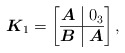
\begin{gather*}\boldsymbol{K}_1=\left[\begin{array}{@{}c|c@{}}\boldsymbol{A} &0_3 \\ \hline \boldsymbol{B}&\boldsymbol{A}\\ \end{array}\right ],\end{gather*}